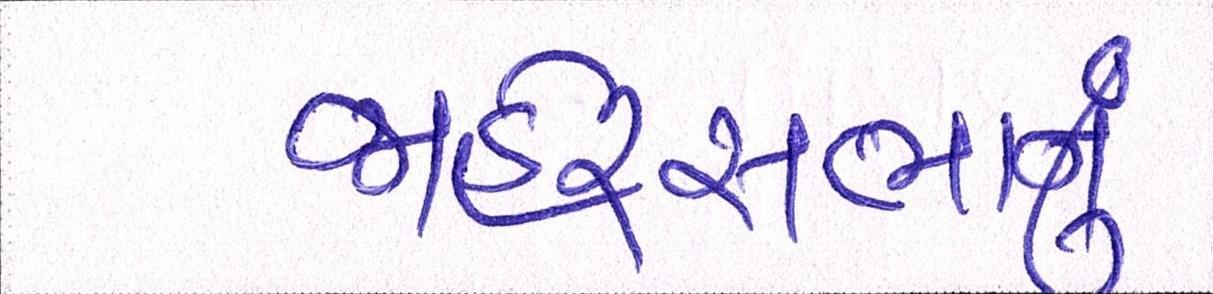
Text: જાહેરસભાનું